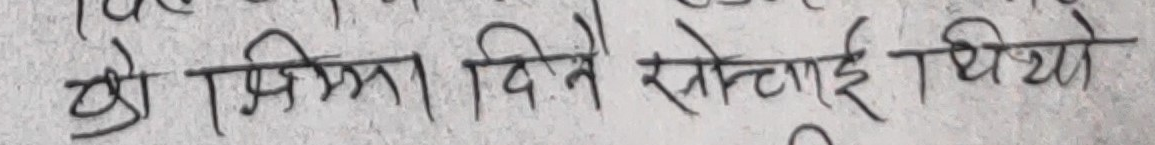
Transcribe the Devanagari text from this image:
यो जिम्मा दिने स्रोतलाई थियो